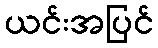
ယင်းအပြင်